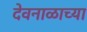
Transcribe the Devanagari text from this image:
देवनाळाच्या